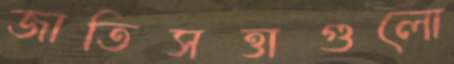
জাতিসত্তাগুলো